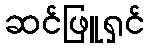
ဆင်ဖြူရှင်